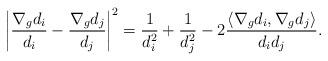
LaTeX: \begin{align*}\left|\frac{\nabla_g d_i}{d_i}-\frac{\nabla_g d_j}{d_j}\right|^2=\frac{1}{d_i^2}+\frac{1}{d_j^2}-2\frac{\langle \nabla_g d_i,\nabla_g d_j \rangle}{d_id_j}.\end{align*}